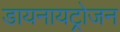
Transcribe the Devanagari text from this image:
डायनायट्रोजन